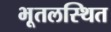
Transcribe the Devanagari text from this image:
भूतलस्थित